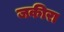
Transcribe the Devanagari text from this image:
जकीरा